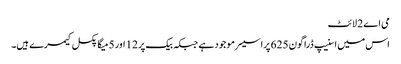
می اے 2 لائٹ
اس میں اسنیپ ڈراگون 625 پراسیسر موجود ہے جبکہ بیک پر 12 اور 5 میگا پکسل کیمرے ہیں۔